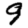
Digit: 9